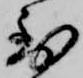
到